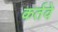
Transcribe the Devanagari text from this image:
कर्तवे